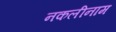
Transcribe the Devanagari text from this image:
नकलीनाम